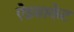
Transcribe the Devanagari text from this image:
ऐडवाकेट